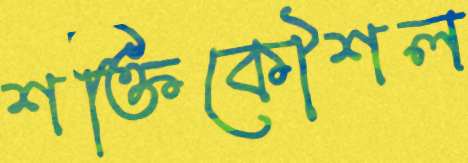
শক্তিকৌশল